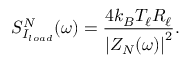
S _ { I _ { l o a d } } ^ { N } ( \omega ) = \frac { 4 k _ { B } T _ { \ell } R _ { \ell } } { \left| Z _ { N } ( \omega ) \right| ^ { 2 } } .